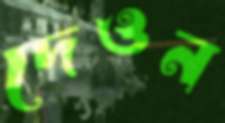
দেওন